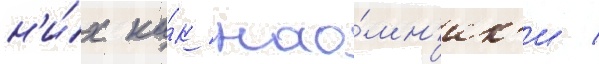
н'и́х ка́к нао́мн'ик'и /